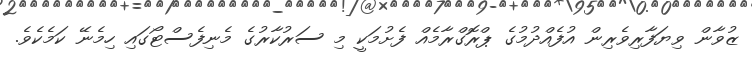
ޒުވާން ވިޔަފާރިވެރިން އުފެއްދުމުގެ ޕްރޮގްރާމެއް ފެށުމަކީ މި ސަރުކާރުގެ މެނިފެސްޓޯގައި ހިމެނޭ ކަމެކެވެ.